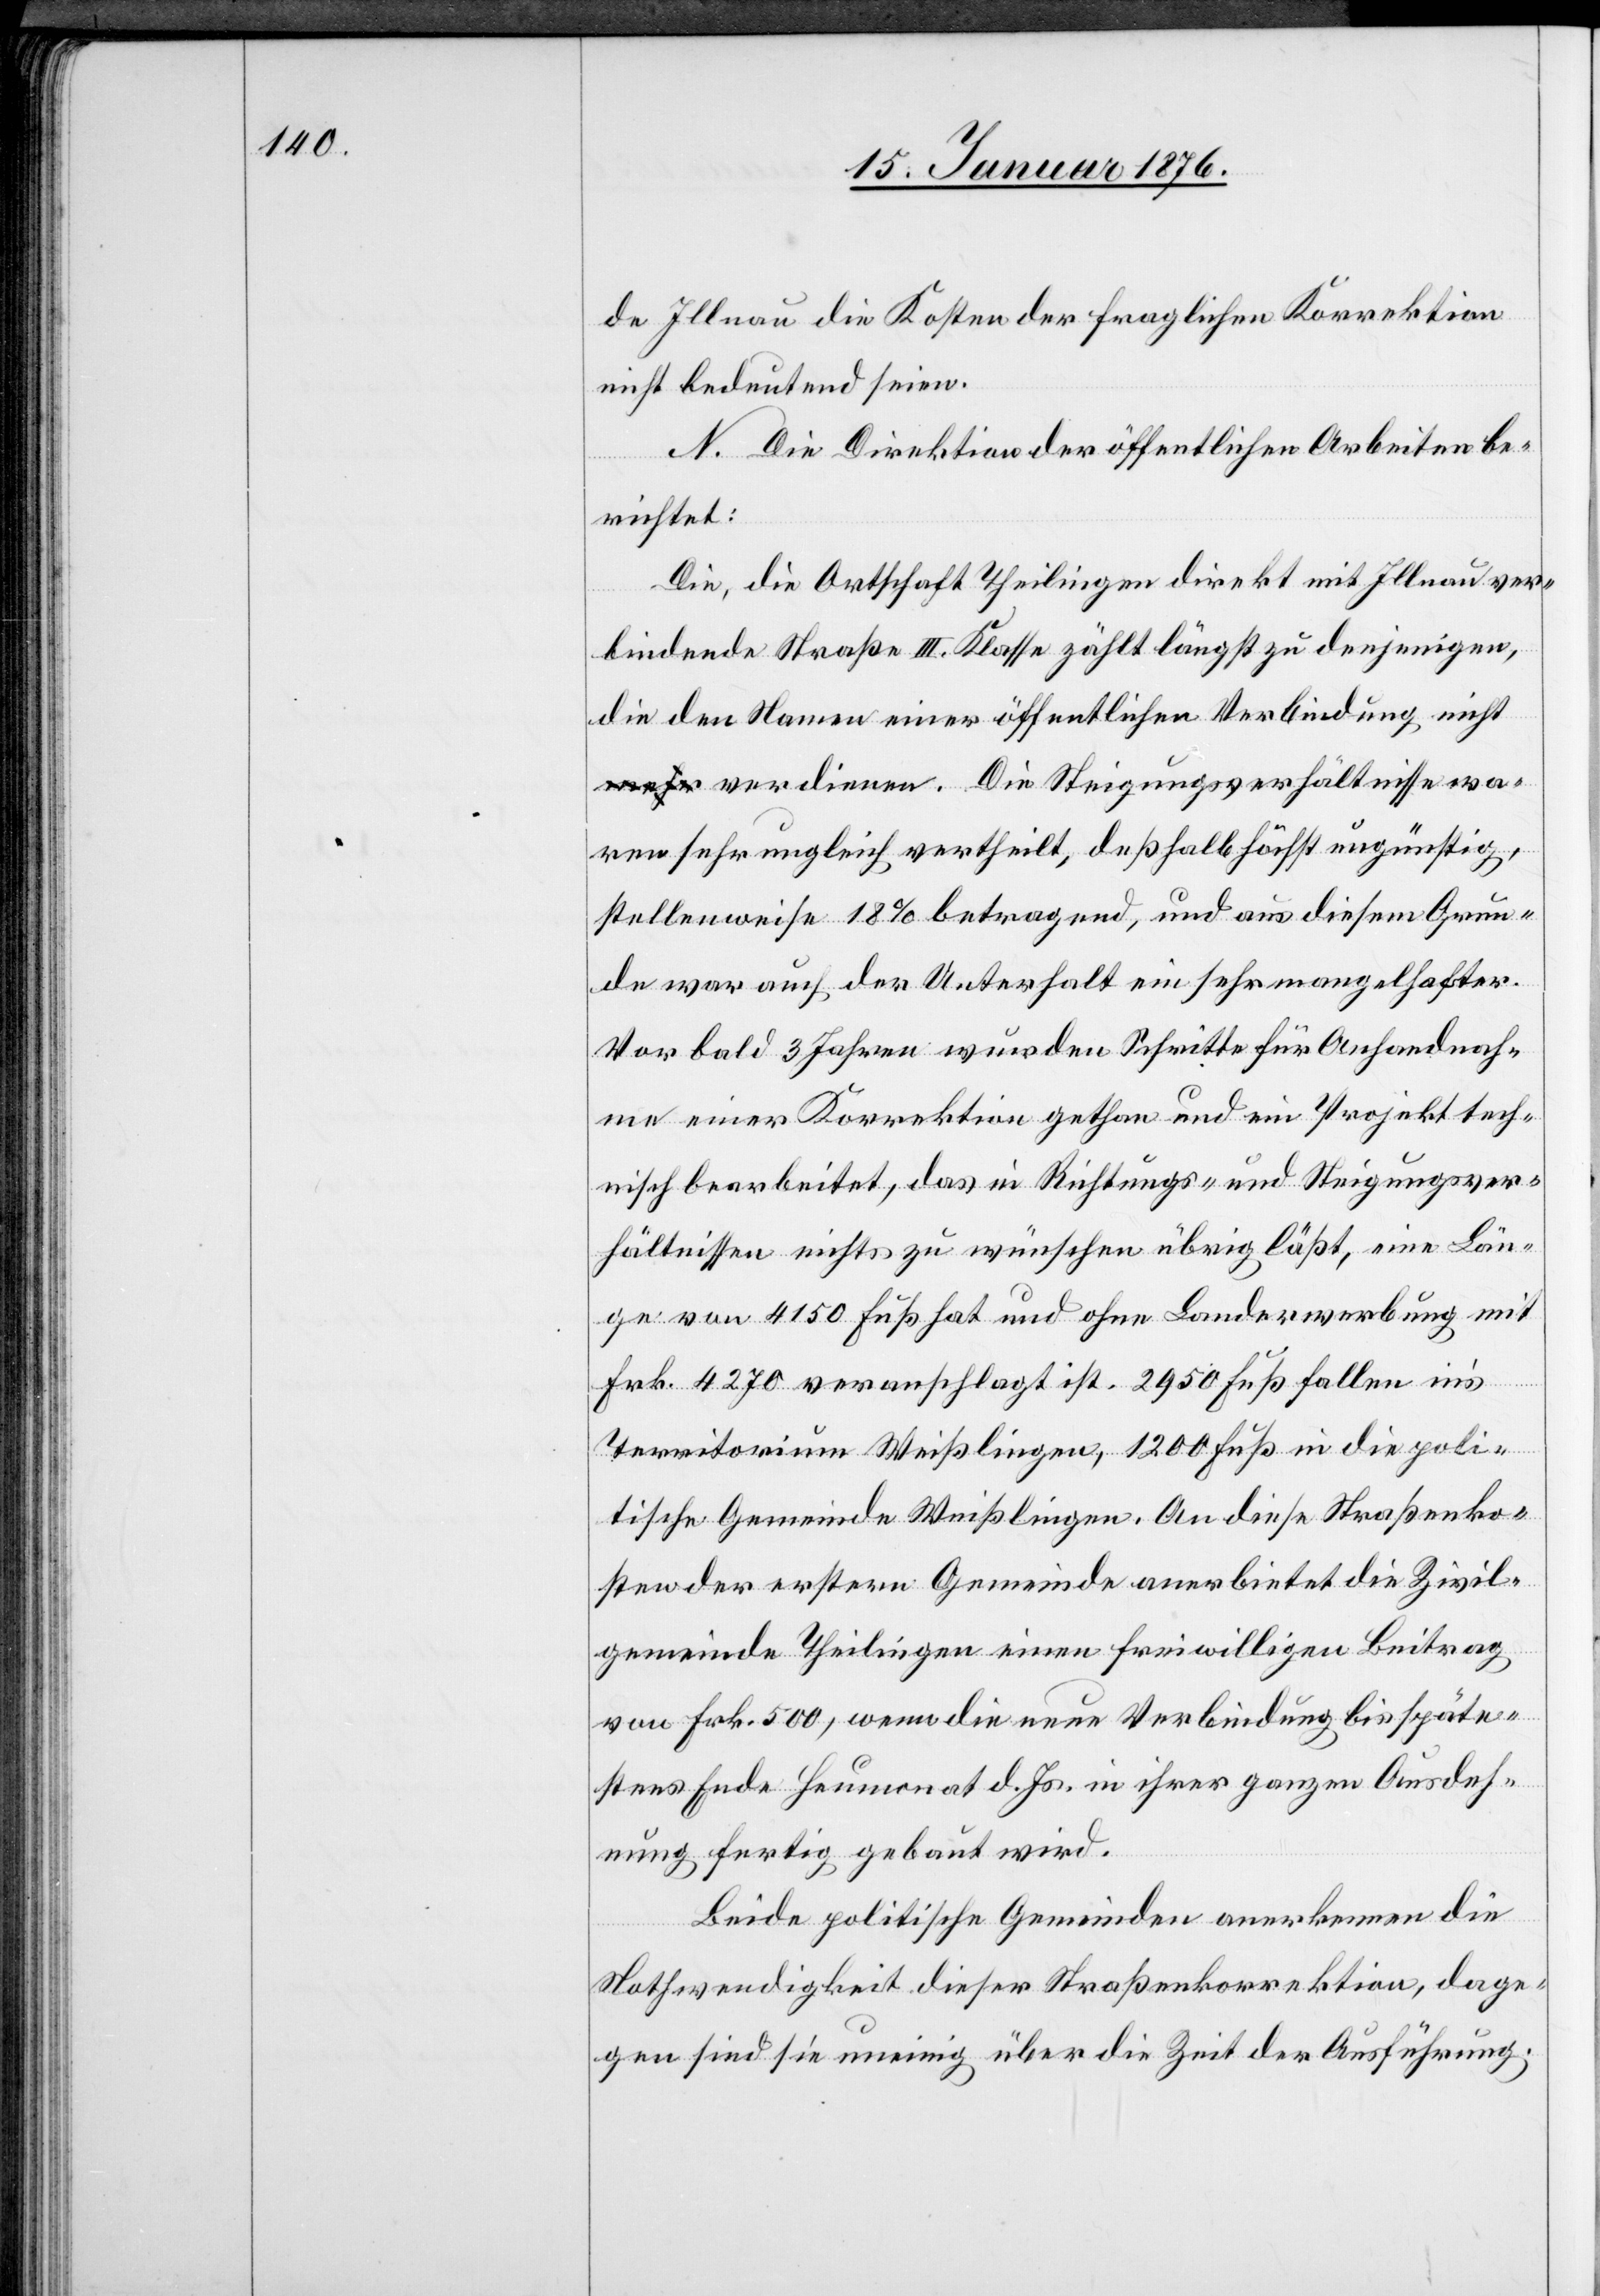
de Illnau die Kosten der fraglichen Korrektion
nicht bedeutend seien.
N. Die Direktion der öffentlichen Arbeiten be¬
richtet:
Die, die Ortschaft Theilingen direkt mit Illnau ver¬
kennen
bindende Straße III. Klasse zählt längst zu denjenigen,
die den Namen einer öffentlichen Verbindung nicht
verdienen. Die Steigerungsverhältnisse wa¬
ren sehr ungleich vertheilt, deßhalb höchst ungünstig,
stellenweise 18% betragend, und aus diesem Grun¬
de war auch der Unterhalt ein sehr mangelhafter.
Vor bald 3 Jahren wurden Schritte für Anhandnah¬
me einer Korrektion gethan und ein Projekt tech¬
nisch bearbeitet, daß in Richtungs- und Steigerungsver¬
hältnissen nicht zu wünschen übrig läßt, eine Län¬
ge von 4150 Fuß hat und ohne Landerwerbung mit
die
Frk. 4270 veranschlagt ist. 2950 Fuß fallen in’s
Territorium Weißlingen, 1200 Fuß in die poli¬
tische Gemeinde Weißlingen. An diese Straßenko¬
sten der erstern Gemeinde anerbietet die Zivil¬
gemeinde Theilingen einen freiwilligen Beitrag
von Frk. 500, wenn die neue Verbindung bis späte¬
stens Ende Heumonat d. Js. in ihrer ganzen Ausdeh¬
nung fertig gebaut wird.
Nothwendigkeit dieser Straßenkorrektion, dage¬
gen sind sie uneinig über die Zeit der Ausführung.